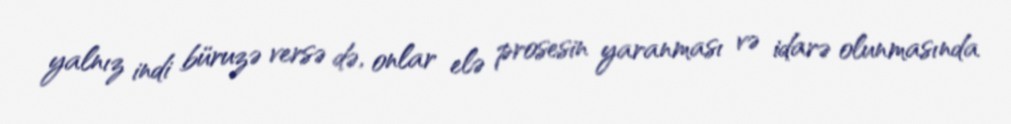
yalnız indi büruzə versə də, onlar elə prosesin yaranması və idarə olunmasında